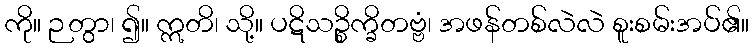
ကို။ ဉတွာ၊ ၍။ ဣတိ၊ သို့။ ပဋိသဉ္စိက္ခိတဗ္ဗံ၊ အဖန်တစ်လဲလဲ စူးစမ်းအပ်၏။